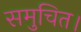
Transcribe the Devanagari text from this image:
समुचित।